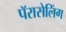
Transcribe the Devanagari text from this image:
पॅरासेलिंग